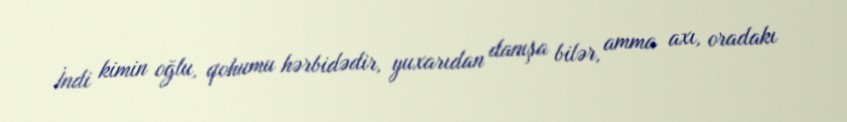
İndi kimin oğlu, qohumu hərbidədir, yuxarıdan danışa bilər, amma axı, oradakı